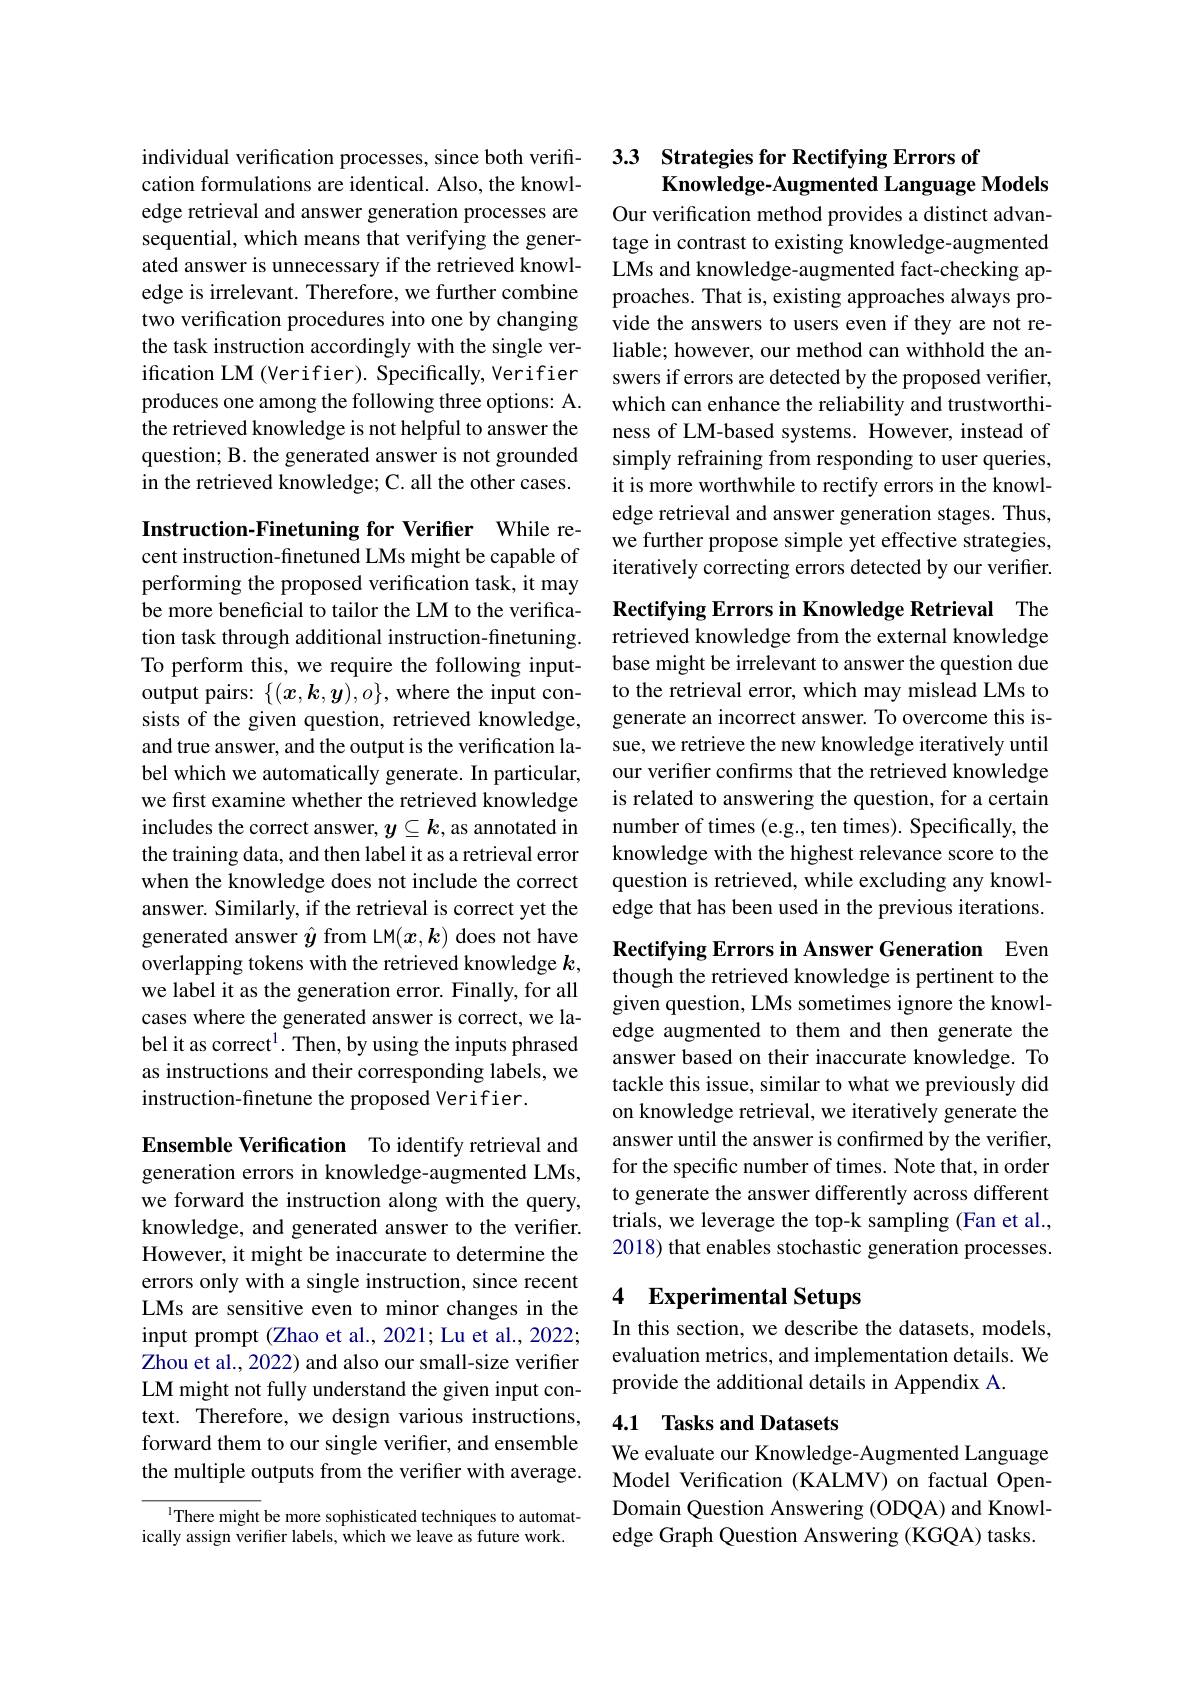
individual verification processes, since both verification formulations are identical. Also, the knowledge retrieval and answer generation processes are sequential, which means that verifying the generated answer is unnecessary if the retrieved knowledge is irrelevant. Therefore, we further combine two verification procedures into one by changing the task instruction accordingly with the single verification LM (Verifier). Specifically, Verifier produces one among the following three options: A. the retrieved knowledge is not helpful to answer the question; B. the generated answer is not grounded in the retrieved knowledge; C. all the other cases.

Instruction-Finetuning for Verifier While recent instruction-finetuned LMs might be capable of performing the proposed verification task, it may be more beneficial to tailor the LM to the verification task through additional instruction-finetuning. To perform this, we require the following inputoutput pairs: $\{(x,\boldsymbol{k},\boldsymbol{y}),o\}$, where the input consists of the given question, retrieved knowledge, and true answer, and the output is the verification label which we automatically generate. In particular, we first examine whether the retrieved knowledge includes the correct answer, $y\subseteq k$, as annotated in the training data, and then label it as a retrieval error when the knowledge does not include the correct answer. Similarly, if the retrieval is correct yet the generated answer $\hat{y}$ from LM$(x,k)$ does not have overlapping tokens with the retrieved knowledge $k$, we label it as the generation error. Finally, for all cases where the generated answer is correct, we label it as correct$^1.$ Then, by using the inputs phrased as instructions and their corresponding labels, we instruction-finetune the proposed Verifier.

Ensemble Verification To identify retrieval and generation errors in knowledge-augmented LMs, we forward the instruction along with the query, knowledge, and generated answer to the verifier. However, it might be inaccurate to determine the errors only with a single instruction, since recent LMs are sensitive even to minor changes in the input prompt (Zhao et al., 2021; Lu et al., 2022; Zhou et al., 2022) and also our small-size verifier LM might not fully understand the given input context. Therefore, we design various instructions, forward them to our single verifier, and ensemble the multiple outputs from the verifier with average.

There might be more sophisticated techniques to automatically assign verifier labels, which we leave as future work.

## 33 Strategies for Rectifying Errors of Knowledge-Augmented Language Models

Our verification method provides a distinct advantage in contrast to existing knowledge-augmented LMs and knowledge-augmented fact-checking approaches. That is, existing approaches always provide the answers to users even if they are not reliable; however, our method can withhold the answers if errors are detected by the proposed verifier, which can enhance the reliability and trustworthiness of LM-based systems. However, instead of simply refraining from responding to user queries, it is more worthwhile to rectify errors in the knowledge retrieval and answer generation stages. Thus, we further propose simple yet effective strategies, iteratively correcting errors detected by our verifier.

Rectifying Errors in Knowledge Retrieval The retrieved knowledge from the external knowledge

base might be irrelevant to answer the question due to the retrieval error, which may mislead LMs to generate an incorrect answer. To overcome this issue, we retrieve the new knowledge iteratively until our verifer confirms that the retrieved knowledge is related to answering the question, for a certain number of times (e.g., ten times). Specifically, the knowledge with the highest relevance score to the question is retrieved, while excluding any knowledge that has been used in the previous iterations.

Rectifying Errors in Answer Generation Even

though the retrieved knowledge is pertinent to the given question, LMs sometimes ignore the knowledge augmented to them and then generate the answer based on their inaccurate knowledge. To tackle this issue, similar to what we previously did on knowledge retrieval, we iteratively generate the answer until the answer is confırmed by the verifier, for the specific number of times. Note that, in order to generate the answer differently across different trials, we leverage the top-k sampling (Fan et al., 2018) that enables stochastic generation processes.

### 4 Experimental Setups

In this section, we describe the datasets, models, evaluation metrics, and implementation details. We provide the additional details in Appendix A.

## 4.1 Tasks and Datasets

We evaluate our Knowledge-Augmented Language Model Verification (KALMV) on factual OpenDomain Question Answering (ODQA) and Knowledge Graph Question Answering (KGQA) tasks.